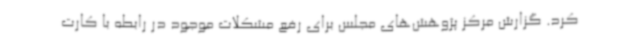
کرد. گزارش مرکز پژوهش‌های مجلس برای رفع مشکلات موجود در رابطه با کارت